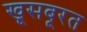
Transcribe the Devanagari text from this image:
खूसबूरत